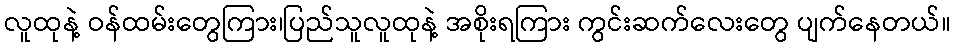
လူထုနဲ့ ဝန်ထမ်းတွေကြား၊ပြည်သူလူထုနဲ့ အစိုးရကြား ကွင်းဆက်လေးတွေ ပျက်နေတယ်။